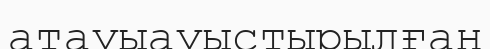
атауыауыстырылған